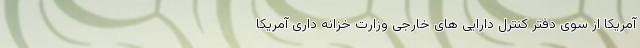
آمریکا از سوی دفتر کنترل دارایی های خارجی وزارت خزانه داری آمریکا